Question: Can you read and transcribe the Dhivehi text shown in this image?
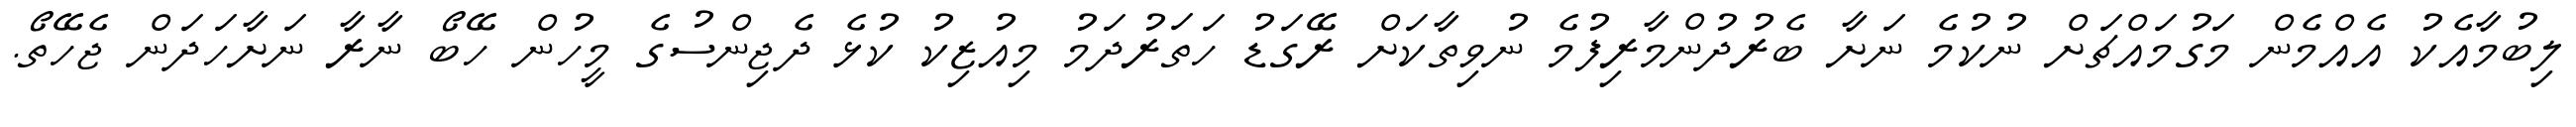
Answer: ލިބުމާއެކު އެއްމެން މަގުމައްޗަށް ނުކުމެ ނަށާ ބެރުދުންމާރިފުމެ ނުވިތާކަށް ރޭގަޑު ހަތަރުދަމު މިއުޒިކު ކުޅެ ދެޖިންސުގެ މީހުން ހޭބޯ ނާރާ ނަށާހަދަން ޖެހޭތޯ.